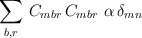
\begin{align*}\sum_{b,r} \, C_{mbr} \, C_{mbr} \, \, \alpha \, \delta_{mn}\end{align*}